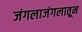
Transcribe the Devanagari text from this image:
जंगलाजंगलातून